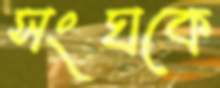
সংঘকে